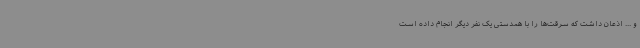
و ... اذعان داشت که سرقت‌ها را با همدستی یک نفر دیگر انجام داده است